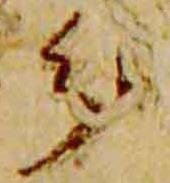
分